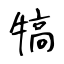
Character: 犒